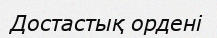
Достастық ордені